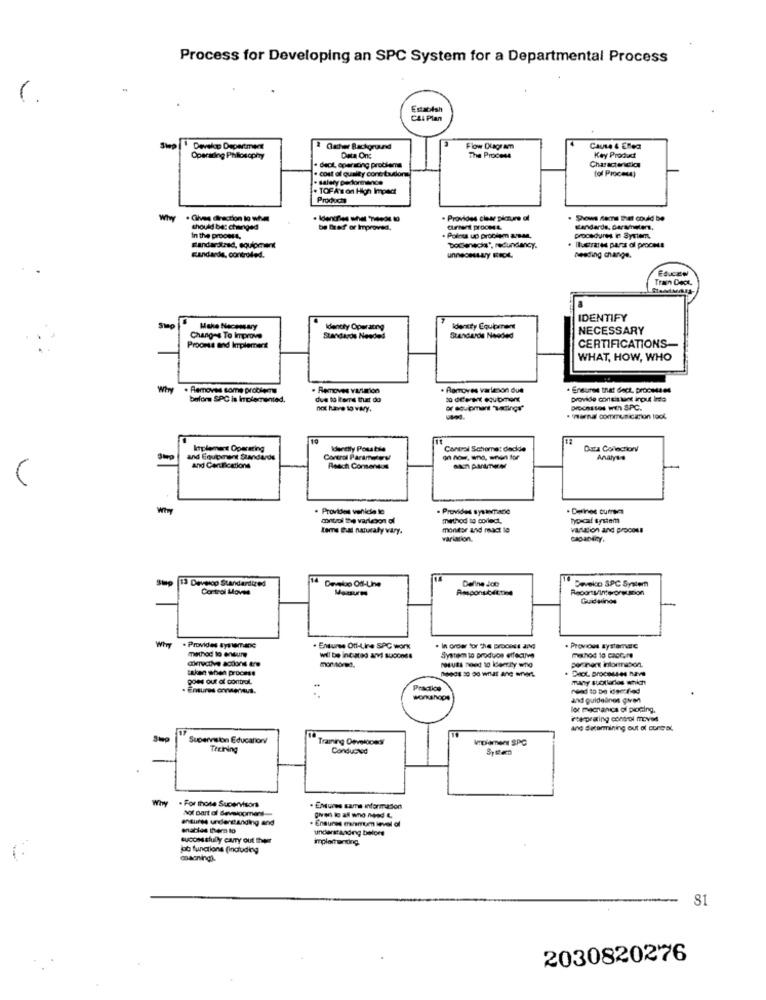
Process for Developing an SPC System for a Departmental Process
(.
Establah
CAL Plan
Develop Department
Cacher Background
Flow Diagram
Cause & Ellea
Operading Philosophy
Data Ons
The Process
Key Produd
. deot operating problems
Characterclos
- salely performance
. cost of quality cont taxior
. TOFA's on High Impact
Product
. Gives direction lo who
- Provides clear picture af
. Shows rams that could be
should be: changed
be frof or Improved.
Current procee.t.
Kandarde, parameters,
In the process,
. Points up prociem aman,
Procedures in Syrien
Bandarstrad, equipment
DoCienecds", redundancy.
Ilustrares parst of proceda
Eandards, controled.
Desding change.
Train Doct.
IDENTIFY
Make Necessary
Identity Operameg
Identy Equipment
NECESSARY
Changes To Improve
Standards Needed
Standards Needed
CERTIFICATIONS
Process and Implement
WHAT, HOW, WHO
Why
. Removes some problems
. Removes vularon
. Poroves varlenon due
. Ensures that doct, proceta es
before SPC is Implemented.
due to iterre that do
provide consistant input Inda
not have to vary.
. "nemna communication look,
10
Implement Operating
Idereily Pousbse
Contrai Schome: decide
Data Colection
and Equipment SAdards
Coreral Parameters
Analyse
and Certifications
Reach Consensos
· Provides vehicle le
- Provides sysaviano
. Derines cumees
control the varleson of
method to collect.
hyo caf system
Lome Dul naturaly vary.
monitor and mact lo
vastion and process
variation.
13 Develop Standardized
14
Develop Od-Line
Deline Jot
Deveko SPC System
Control Movie
Mauum
Guideinos
. Provides systemane
method to ensure
. Ensures Oti-Lire SPC work
. In order for The process and
. Previous systemerc
will be intuted arvi suoonds
monitores.
System to produce effective
method to cascare
taken when process
goes out of control
Enures consensus.
Pracke
workshops
and guidelines given
lor mechanics of pioging.
roeprating control moves
ane dacarmining out of ourest
Superiston Educationv
Training Onveloces
Vplamen SPC
Treking
Conducted
Why
. For those Supervisors
Not part of development
. EMuies sama information
antunes unsere anding and
Ensures mahrum level of
charles them to
understanding belors
sucos sfully carry out theer
po functions (including
81
2030820276